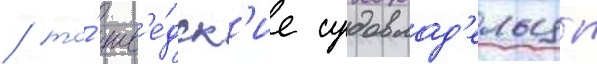
/ то́ шв'е́дск'ие судовлад'ельцы